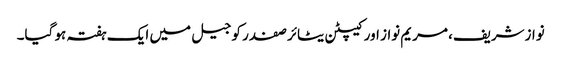
نوازشریف، مریم نواز اور کیپٹن یٹائر صفدر کو جیل میں ایک ہفتہ ہو گیا۔